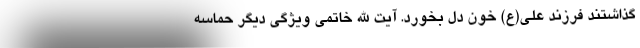
گذاشتند فرزند علی(ع) خون دل بخورد. آیت الله خاتمی ویژگی دیگر حماسه